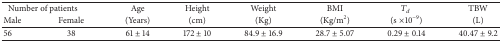
| <COLSPAN=2> Number of patients | Age | Height | Weight | BMI | Td | TBW |
 | Male | Female | (Years) | (cm) | (Kg) | (Kg/m2) | (s×10−9) | (L) |
 | --- | --- | --- | --- | --- | --- | --- | --- |
 | 56 | 38 | 61 ± 14 | 172 ± 10 | 84.9 ± 16.9 | 28.7 ± 5.07 | 0.29 ± 0.14 | 40.47 ± 9.2 |